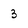
Character: 3